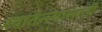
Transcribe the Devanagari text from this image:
स्वातंन्न्यासाठी